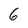
Character: 6